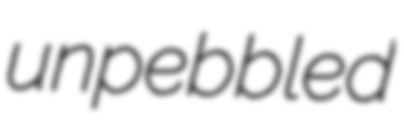
unpebbled